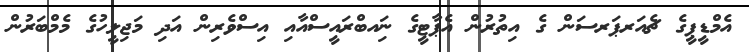
އެމްޑީޕީގެ ޗެއަރޕަރސަން ގެ އިތުރުން އެޕާޓީގެ ނަިއބްރައީސްއާއި އިސްވެރިން އަދި މަޖިލީހުގެ މެމްބަރުން